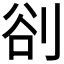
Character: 𭃣